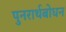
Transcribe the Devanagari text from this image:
पुनरार्थबोधन